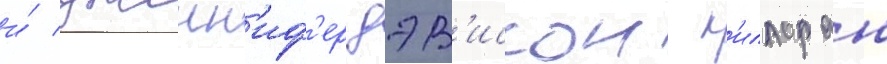
и́ дженн'иф'ер дэв'иссон к'иллоран